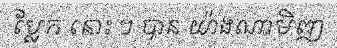
ប្លែក នោះ ៗ បាន យ៉ាងណាមិញ